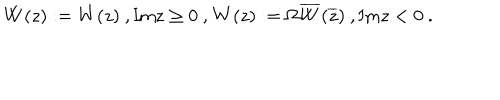
\mathbf { W } ( z ) : = W ( z ) \ , \mathrm { I m } z \geq 0 \ , \mathbf { W } ( z ) : = \Omega \overline { { { W } } } ( \overline { { { z } } } ) \ , \mathrm { I m } z < 0 \ .